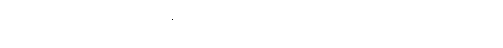
ပြည်သားအားလုံး လာရောက်ဖမ်းဆီးခေါ်ဆောင်သွားခြင်းဖြစ်ကြောင်း ဗုဒ္ဓဝါဒီများကို တုန်ခါသွားရသည့်